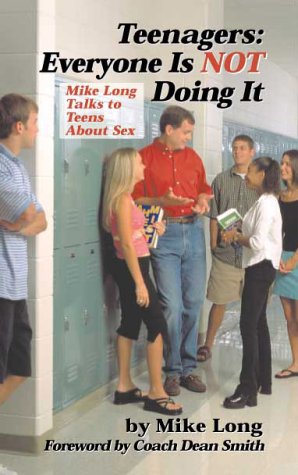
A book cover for Teenagers: Everyone is Not Doing It; Mike Long; Teen & Young Adult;